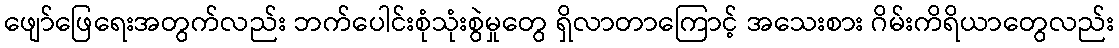
ဖျော်ဖြေရေးအတွက်လည်း ဘက်ပေါင်းစုံသုံးစွဲမှုတွေ ရှိလာတာကြောင့် အသေးစား ဂိမ်းကိရိယာတွေလည်း